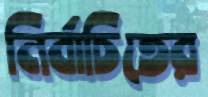
নির্বাচিতের